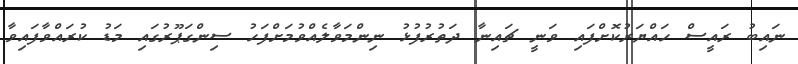
ނައިބު ރައީސް ހައްޔަރުކޮށްފައި ވަނީ ޗައިނާ ދަތުރުފުޅު ނިންމަވާލެއްވުމަށްފަހު ސިންގަޕޫރުގައި މަޑު ކުރައްވާފައިވާ